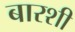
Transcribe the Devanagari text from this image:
बारशी